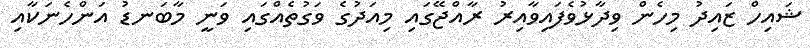
ޝައިހް ޒައިދު މިހެން ވިދާޅުވެފައިވާއިރު ރާއްޖޭގައި މިއަދުގެ ވަގުތެއްގައި ވަނީ މާބަނޑު އަންހެނަކާއި